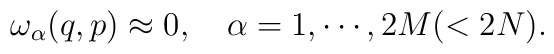
\omega _\alpha (q,p) \approx 0, \quad \alpha =1,\cdots ,2M(<2N).